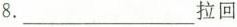
8.___拉回